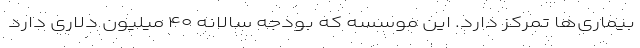
بیماری‌ها تمرکز دارد. این موسسه که بودجه سالانه ۴۰ میلیون دلاری دارد